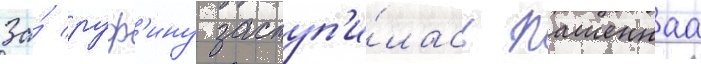
За́ руф'ину заступ'и́лась пашеннаа